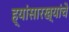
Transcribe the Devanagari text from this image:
ह्यांसारख्यांचे